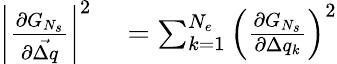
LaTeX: \begin{array}{rl}{\left\vert\frac{\partial G_{N_{s}}}{\partial\vec{\Delta q}}\right\vert^{2}}&{{}=\sum_{k=1}^{N_{e}}{\left(\frac{\partial G_{N_{s}}}{\partial\Delta q_{k}}\right)^{2}}}\end{array}